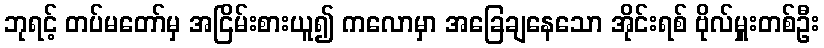
ဘုရင့် တပ်မတော်မှ အငြိမ်းစားယူ၍ ကလောမှာ အခြေချနေသော အိုင်းရစ် ဗိုလ်မှူးတစ်ဦး